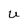
Character: U